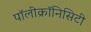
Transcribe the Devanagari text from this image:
पॉलीक्रॉनिसिटी